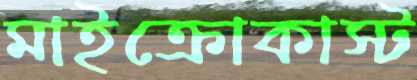
মাইক্রোকাস্ট